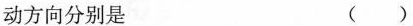
动方向分别是 ()